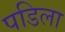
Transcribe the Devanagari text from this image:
पडिला